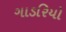
ગાડરિયો